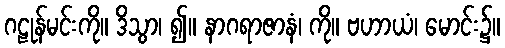
ဂဠုန်မင်းကို။ ဒိသွာ၊ ၍။ နာဂရာဇာနံ၊ ကို။ ဗဟာယံ၊ မောင်း၌။